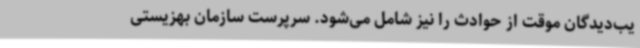
یب‌دیدگان موقت از حوادث را نیز شامل می‌شود. سرپرست سازمان بهزیستی